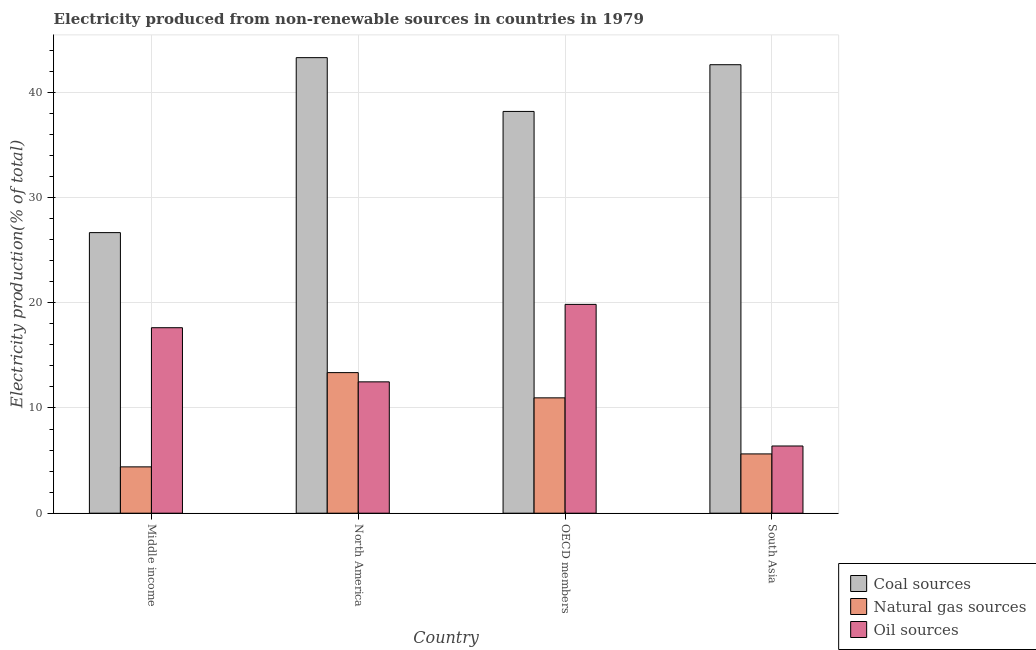
| Country | Coal sources | Natural gas sources | Oil sources |
 | --- | --- | --- | --- |
 | Middle income | 26.7 | 4.4 | 17.6 |
 | North America | 43.3 | 13.4 | 12.5 |
 | OECD members | 38.2 | 11 | 19.8 |
 | South Asia | 42.6 | 5.63 | 6.39 |